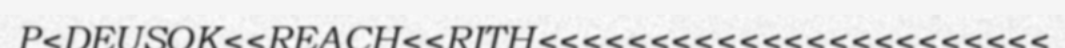
P<DEUSOK<<REACH<<RITH<<<<<<<<<<<<<<<<<<<<<<<